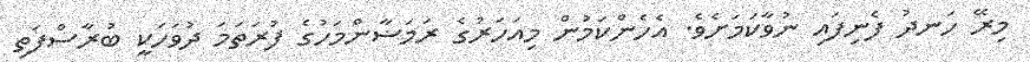
މިރޭ ހަނދު ފެނިފައި ނުވާކަމަށެވެ. އެހެންކަމުން މިއަހަރުގެ ރަމަޟާންމަހުގެ ފުރަތަމަ ދުވަހަކީ ބުރާސްފަތި